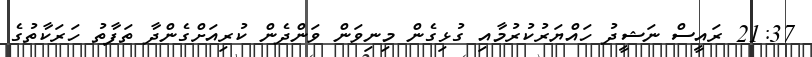
21:37 ރައީސް ނަޝީދު ހައްޔަރުކުރުމާއި ގުޅިގެން މިނިވަން ވަންދެން ކުރިއަށްގެންދާ ތަފާތު ހަރަކާތުގެ